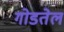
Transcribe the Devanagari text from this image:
गोडतेल